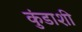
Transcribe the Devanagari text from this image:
कुंडाशी